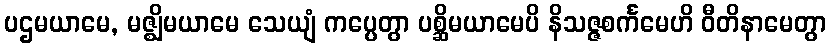
ပဌမယာမေ, မဇ္ဈိမယာမေ သေယျံ ကပ္ပေတွာ ပစ္ဆိမယာမေပိ နိသဇ္ဇစင်္ကမေဟိ ဝီတိနာမေတွာ